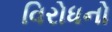
વિરોધનો